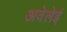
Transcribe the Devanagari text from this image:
अवेलेई